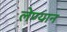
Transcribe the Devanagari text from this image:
लेण्यान